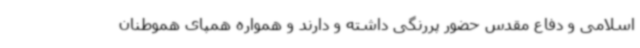
اسلامی و دفاع مقدس حضور پررنگی داشته و دارند و همواره همپای هموطنان